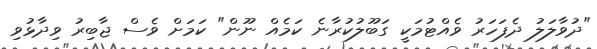
"ދުވާލަލު ދެފަހަރު ވެއްޓުމަކީ ގަބޫލުކުރާނެ ކަމެއް ނޫން" ކަމަށް ވެސް ޖާބިރު ވިދާޅުވި